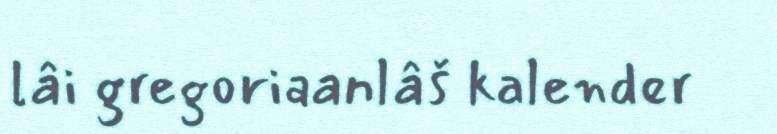
lâi gregoriaanlâš kalender